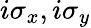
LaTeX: i\sigma_{x},i\sigma_{y}